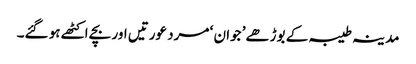
مدینہ طیبہ کے بوڑھے’ جوان ‘ مرد عورتیں اور بچے اکٹھے ہو گئے۔